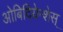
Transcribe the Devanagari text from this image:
ओबिदियेन्शेस्